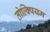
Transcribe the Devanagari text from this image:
तोल्क्पियम